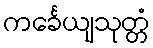
ကင်္ခေယျသုတ္တံ